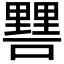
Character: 𨤷